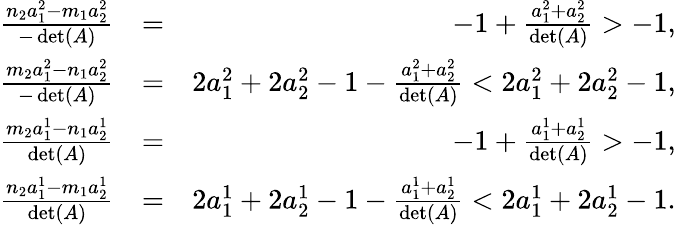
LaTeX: \begin{array}{rlr}{\frac{n_{2}a_{1}^{2}-m_{1}a_{2}^{2}}{-\operatorname*{det}(A)}}&{=}&{-1+\frac{a_{1}^{2}+a_{2}^{2}}{\operatorname*{det}(A)}>-1,}\\ {\frac{m_{2}a_{1}^{2}-n_{1}a_{2}^{2}}{-\operatorname*{det}(A)}}&{=}&{2a_{1}^{2}+2a_{2}^{2}-1-\frac{a_{1}^{2}+a_{2}^{2}}{\operatorname*{det}(A)}<2a_{1}^{2}+2a_{2}^{2}-1,}\\ {\frac{m_{2}a_{1}^{1}-n_{1}a_{2}^{1}}{\operatorname*{det}(A)}}&{=}&{-1+\frac{a_{1}^{1}+a_{2}^{1}}{\operatorname*{det}(A)}>-1,}\\ {\frac{n_{2}a_{1}^{1}-m_{1}a_{2}^{1}}{\operatorname*{det}(A)}}&{=}&{2a_{1}^{1}+2a_{2}^{1}-1-\frac{a_{1}^{1}+a_{2}^{1}}{\operatorname*{det}(A)}<2a_{1}^{1}+2a_{2}^{1}-1.}\end{array}